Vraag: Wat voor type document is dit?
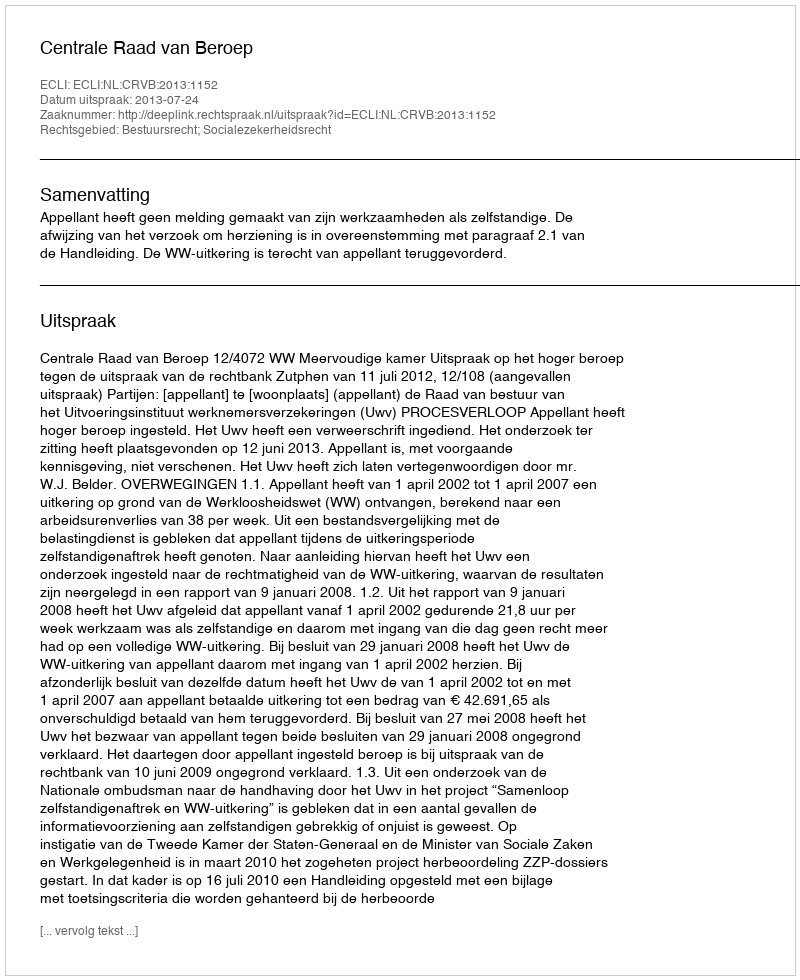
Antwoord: Uitspraak